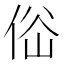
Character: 𠉚